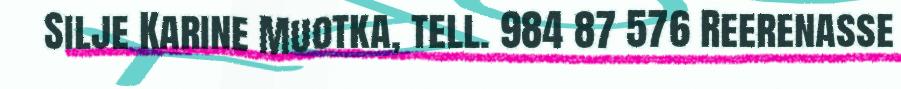
Silje Karine Muotka, tell. 984 87 576 Reerenasse